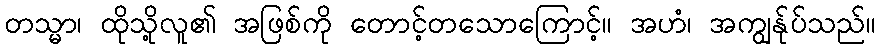
တသ္မာ၊ ထိုသို့လူ၏ အဖြစ်ကို တောင့်တသောကြောင့်။ အဟံ၊ အကျွန်ုပ်သည်။